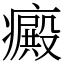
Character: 癜